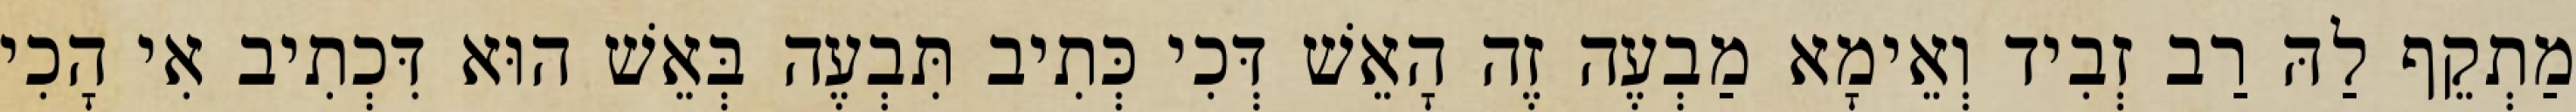
מַתְקֵף לַהּ רַב זְבִיד וְאֵימָא מַבְעֶה זֶה הָאֵשׁ דְּכִי כְּתִיב תִּבְעֶה בְּאֵשׁ הוּא דִּכְתִיב אִי הָכִי